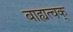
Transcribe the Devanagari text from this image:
बाह्यत्वक्